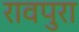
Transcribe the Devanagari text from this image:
रावपुरा